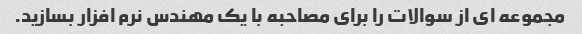
مجموعه ای از سوالات را برای مصاحبه با یک مهندس نرم افزار بسازید.